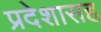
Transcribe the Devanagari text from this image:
प्रदेशासह